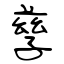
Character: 孳